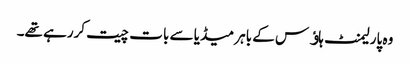
وہ پارلیمنٹ ہاﺅس کے باہر میڈیا سے بات چیت کررہے تھے۔